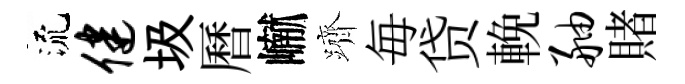
流健圾曆𪩘躋毎贷輓舳賭